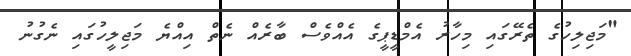
"މަޖިލިހުގެ ތެރޭގައި މިހާރު އެމްޑީޕީގެ އެއްވެސް ބާރެއް ނެތް އިއްޔެ މަޖިލީހުގައި ނެގުނު